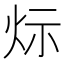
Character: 𤇋